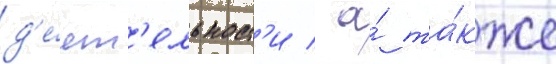
д'е́ят'ельност'и / а́ та́кже